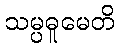
သမ္ပဓူမေတိ